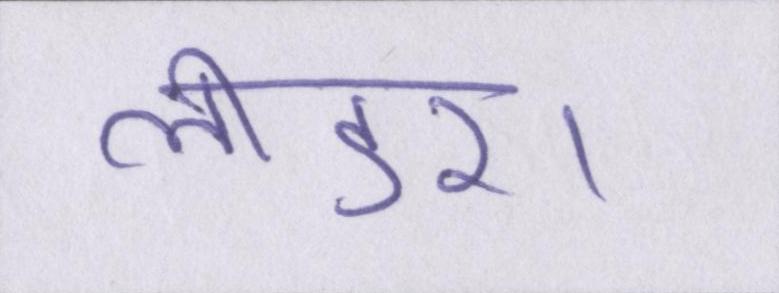
लीडर।